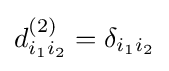
d_{i_{1}i_{2}}^{(2)}=\delta _{i_{1}i_{2}}